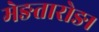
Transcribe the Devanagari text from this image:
मेङतारोङ।